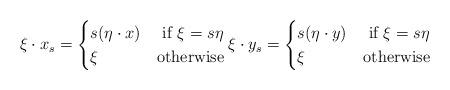
LaTeX: \begin{align*}\xi\cdot x_s =\begin{cases}s (\eta\cdot x) & \textrm{ if } \xi = s \eta \\\xi & \textrm{otherwise}\end{cases}\xi\cdot y_s =\begin{cases}s (\eta\cdot y) & \textrm{ if } \xi = s \eta \\\xi & \textrm{otherwise}\end{cases}\end{align*}